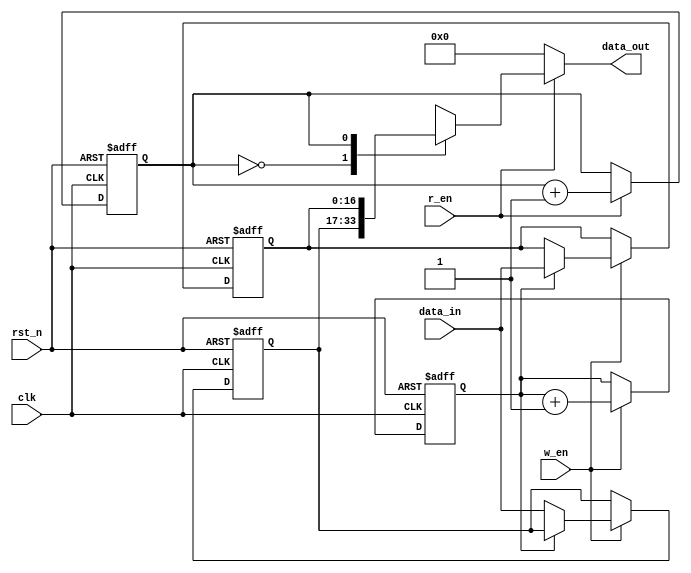
`timescale 1ns/100ps
module fifo2 #(parameter WIDTH = 17, parameter INDEX = 1)(
	input  clk,
	input  rst_n,
	input  w_en,
	input  r_en,
	input  [WIDTH-1:0] data_in,
	output reg [WIDTH-1:0] data_out
);

reg [INDEX-1:0] w_index_r;
reg [INDEX-1:0] r_index_r;
reg [WIDTH-1:0] mem [(1<<INDEX)-1:0];

always @(posedge clk or negedge rst_n)
begin
  if(!rst_n)
  begin
    w_index_r <= 1'b0;
    r_index_r <= 1'b0;
    mem[0] <= 17'b0;
    mem[1] <= 17'b0;
  end
  else
  begin 
    if(w_en)    
    begin
      w_index_r <= w_index_r + 1'b1;
      mem[w_index_r] <= data_in;
    end
    else
      w_index_r <= w_index_r;
    
    if(r_en)
      r_index_r <= r_index_r + 1'b1;
    else
      r_index_r <= r_index_r;
  end
end

always @(*)
begin
  if(r_en)
    data_out = mem[r_index_r];
  else
    data_out = 17'b0;
end

endmodule